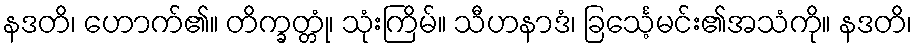
နဒတိ၊ ဟောက်၏။ တိက္ခတ္တုံ၊ သုံးကြိမ်။ သီဟနာဒံ၊ ခြင်္သေ့မင်း၏အသံကို။ နဒတိ၊